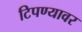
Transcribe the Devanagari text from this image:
टिपण्यावर